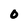
Character: O